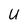
Character: U